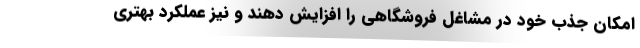
امکان جذب خود در مشاغل فروشگاهی را افزایش دهند و نیز عملکرد بهتری